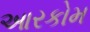
આરકોમ